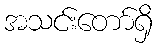
အသင်းတော်ရှိ